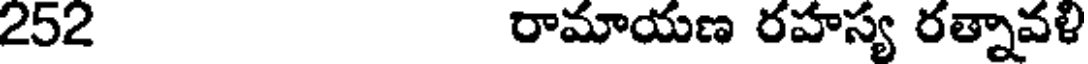
252 రామాయణ రహస్య రత్నావళి